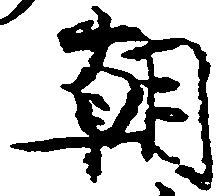
朝